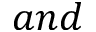
a n d